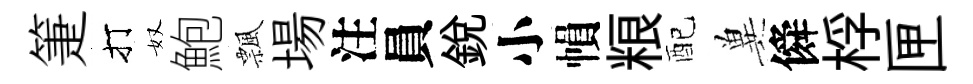
箑打奴鮑飄場注員銳小𢄙粮配兾僢桴匣